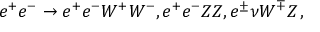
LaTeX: e ^ { + } e ^ { - } \to e ^ { + } e ^ { - } W ^ { + } W ^ { - } , e ^ { + } e ^ { - } Z Z , e ^ { \pm } \nu W ^ { \mp } Z \, ,